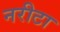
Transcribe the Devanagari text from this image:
नरीटा